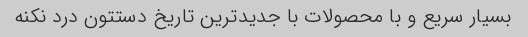
بسیار سریع و با محصولات با جدید‌ترین تاریخ دستتون درد نکنه